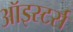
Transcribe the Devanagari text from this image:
ऑइस्टर्स